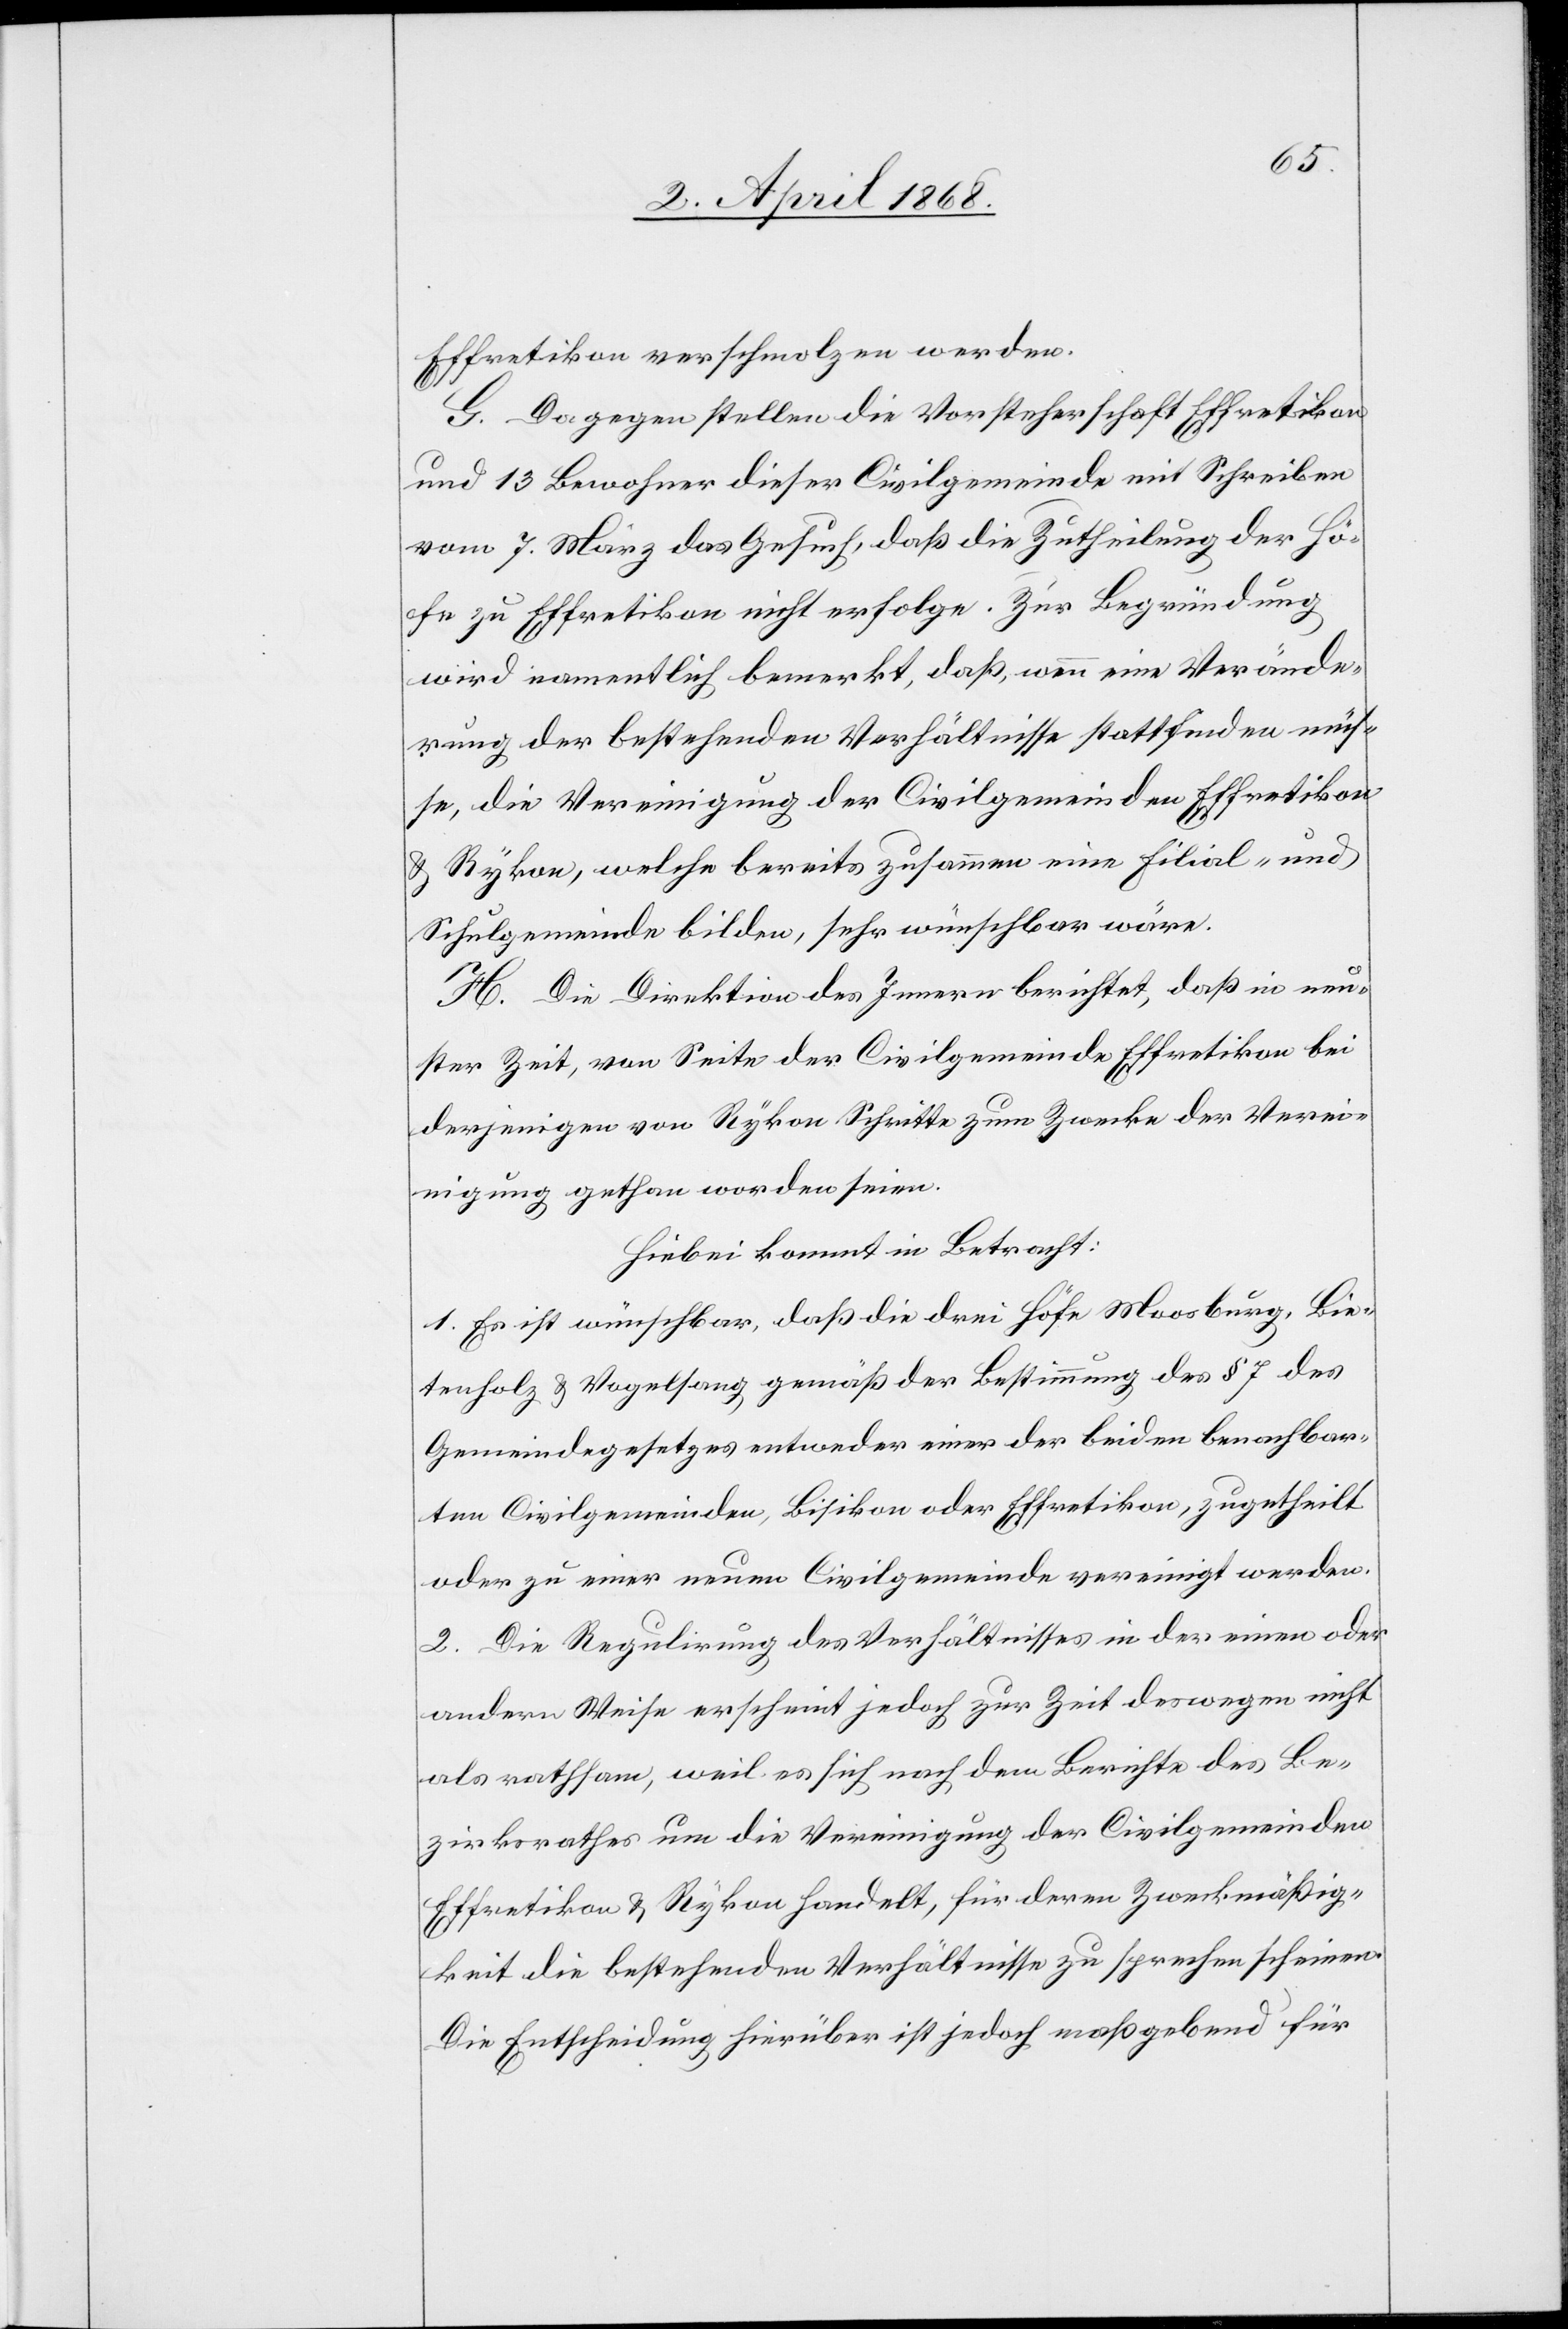
Effretikon verschmolzen werden.
G. Dagegen stellen die Vorsteherschaft Effretikon
und 13 Bewohner dieser Civilgemeinde mit Schreiben
vom 7. März das Gesuch, daß die Zutheilung der Hö¬
fe zu Effretikon nicht erfolge. Zur Begründung
wird namentlich bemerkt, daß, wenn eine Verände¬
rung der bestehenden Verhältnisse stattfinden müs¬
se, die Vereinigung der Civilgemeinden Effretikon
& Rykon, welche bereits zusammen eine Filial- und
Schulgemeinde bilden, sehr wünschbar wäre.
H. Die Direktion des Innern berichtet, daß in neu¬
ster Zeit, von Seite der Civilgemeinde Effretikon bei
derjenigen von Rykon Schritte zum Zwecke der Verei¬
nigung gethan worden seien.
Hiebei kommt in Betracht:
1. Es ist wünschbar, daß die drei Höfe Moosburg, Bie¬
tenholz & Vogelsang gemäß der Bestimmung des § 7 des
Gemeindegesetzes entweder einer der beiden benachbar¬
ten Civilgemeinden, Bisikon oder Effretikon, zugetheilt
oder zu einer neuen Civilgemeinde vereinigt werden.
2. Die Regulirung des Verhältnisses in der einen oder
andern Weise erscheint jedoch zur Zeit deswegen nicht
als rathsam, weil es sich nach dem Berichte des Be¬
zirksrathes um die Vereinigung der Civilgemeinden
Effretikon & Rykon handelt, für deren Zweckmäßig¬
keit die bestehenden Verhältnisse zu sprechen scheinen.
Die Entscheidung hierüber ist jedoch maßgebend für